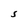
Character: S